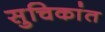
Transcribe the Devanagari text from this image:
सुचिकांत